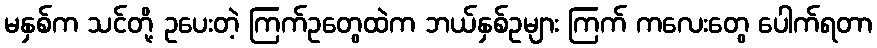
မနှစ်က သင်တို့ ဥပေးတဲ့ ကြက်ဥတွေထဲက ဘယ်နှစ်ဥများ ကြက် ကလေးတွေ ပေါက်ရတာ